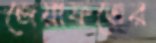
জেয়াফতের